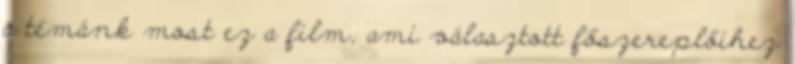
a témánk most ez a film, ami választott főszereplőihez